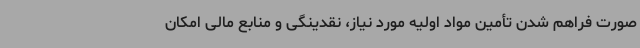
صورت فراهم شدن تأمین مواد اولیه مورد نیاز، نقدینگی و منابع مالی امکان